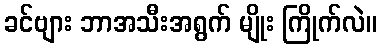
ခင်ဗျား ဘာအသီးအရွက် မျိုး ကြိုက်လဲ။